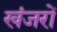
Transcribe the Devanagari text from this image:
खंजरों